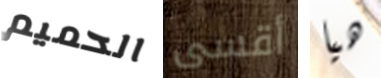
الحميم أقسى هيا